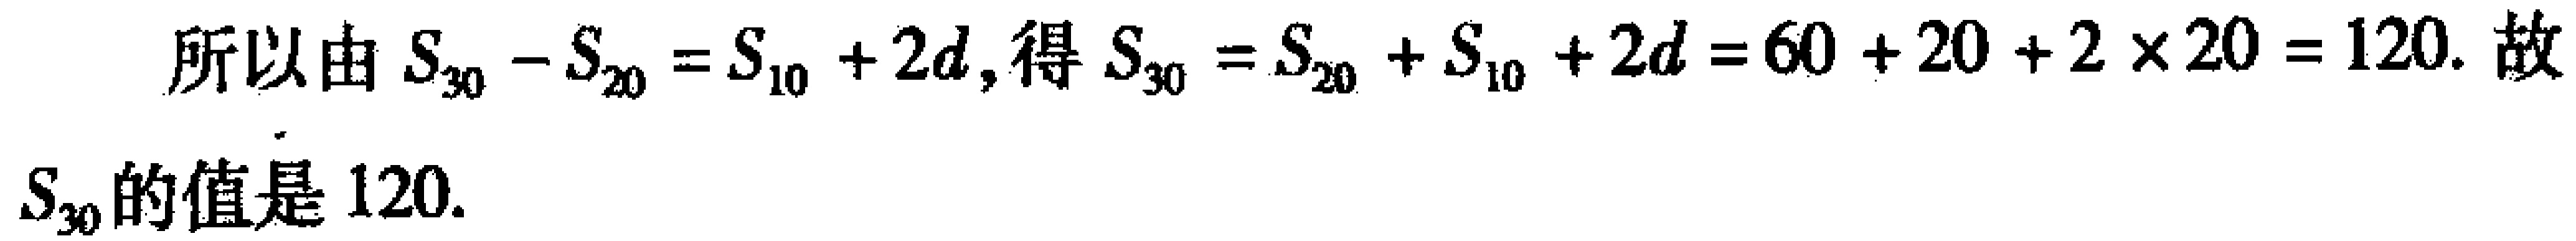
所以由 \(S_{30}-S_{20}=S_{10}+2d\), 得 \(S_{30}=S_{20}+S_{10}+2d = 60 + 20+2\times20 = 120\). 故 \(S_{30}\) 的值是 \(120\).